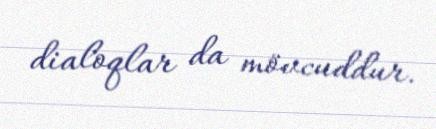
dialoqlar da mövcuddur.